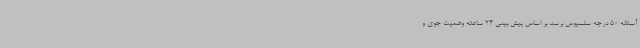
آستانه 50 درجه سلسیوس برسد. بر اساس پیش بینی 24 ساعته وضعیت جوی و